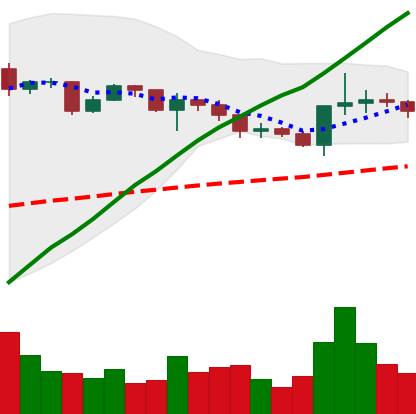
Ticker: XRP-USD
Chart end date: 2020-12-20
Forward return: -42.795%
Label: down_7plus